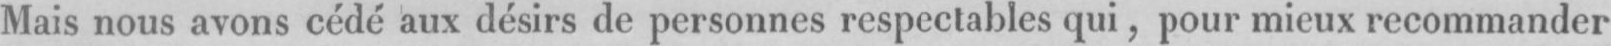
Mais nous avons cédé aux désire de personnes respectables qui, pour mieux recommander